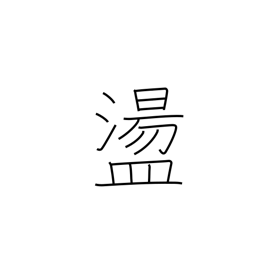
Meaning: captivated